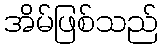
အိမ်ဖြစ်သည်